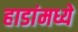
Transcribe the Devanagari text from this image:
हाडांमध्ये